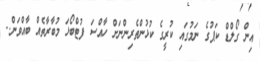
އިން ގޯލްޑް ކަޕުގެ ނަމުގައި ކުރީގެ ކުޅުންތެރިންނަށް ހާއްސަ ފުޓްބޯޅަ މުބާރާތެއް ބާއްވަން..